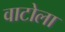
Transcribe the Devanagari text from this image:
वाटोला